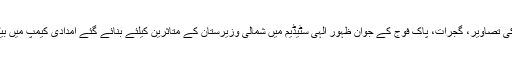
گجرات کی تصاویر، گجرات، پاک فوج کے جوان ظہور الہی سٹیڈیم میں شمالی وزیرستان کے متاثرین کیلئے بنائے گئے امدادی کیمپ میں بیٹھے ہیں۔